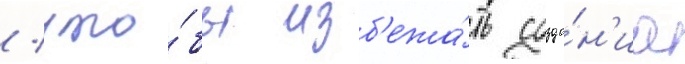
/ что́бы изб'ежа́ть созда́н'иа